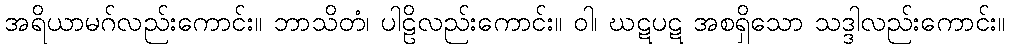
အရိယာမဂ်လည်းကောင်း။ ဘာသိတံ၊ ပါဠိလည်းကောင်း။ ဝါ၊ ဃဋပဋ အစရှိသော သဒ္ဒါလည်းကောင်း။